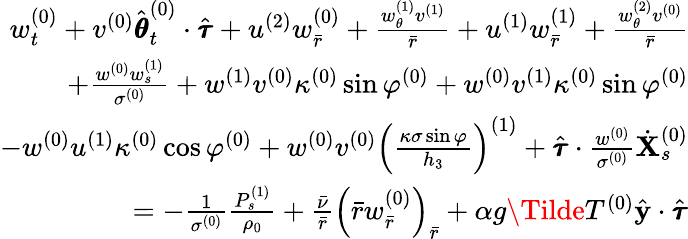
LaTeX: \begin{array}{r}{w_{t}^{(0)}+v^{(0)}\hat{\pmb{\theta}}_{t}^{(0)}\cdot\hat{\pmb{\tau}}+u^{(2)}w_{\bar{r}}^{(0)}+\frac{w_{\theta}^{(1)}v^{(1)}}{\bar{r}}+u^{(1)}w_{\bar{r}}^{(1)}+\frac{w_{\theta}^{(2)}v^{(0)}}{\bar{r}}}\\ {+\frac{w^{(0)}w_{s}^{(1)}}{\sigma^{(0)}}+w^{(1)}v^{(0)}\kappa^{(0)}\sin\varphi^{(0)}+w^{(0)}v^{(1)}\kappa^{(0)}\sin\varphi^{(0)}}\\ {-w^{(0)}u^{(1)}\kappa^{(0)}\cos\varphi^{(0)}+w^{(0)}v^{(0)}\left(\frac{\kappa\sigma\sin\varphi}{h_{3}}\right)^{(1)}+\hat{\pmb{\tau}}\cdot\frac{w^{(0)}}{\sigma^{(0)}}\dot{\mathbf{X}}_{s}^{(0)}}\\ {=-\frac{1}{\sigma^{(0)}}\frac{P_{s}^{(1)}}{\rho_{0}}+\frac{\bar{\nu}}{\bar{r}}\left(\bar{r}w_{\bar{r}}^{(0)}\right)_{\bar{r}}+\alpha g\Tilde{T}^{(0)}\hat{\mathbf{y}}\cdot\hat{\pmb{\tau}}}\end{array}